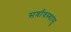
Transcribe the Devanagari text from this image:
सर्वावस्थासु